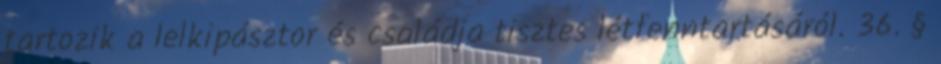
tartozik a lelkipásztor és családja tisztes létfenntartásáról. 36. §